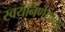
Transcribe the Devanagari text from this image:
स्वयंनिर्णयाच्या